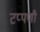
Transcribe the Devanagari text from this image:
टप्पणी